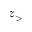
z _ { > }